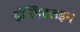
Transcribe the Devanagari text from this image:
हॉस्पिटलइन